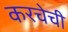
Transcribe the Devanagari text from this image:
करचेची